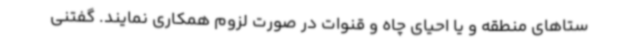
ستاهای منطقه و یا احیای چاه و قنوات در صورت لزوم همکاری نمایند. گفتنی